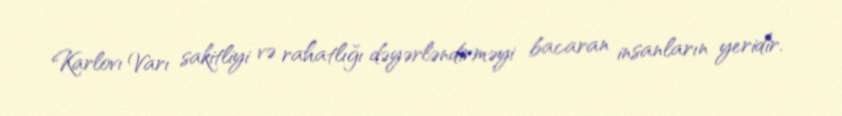
Karlovı Varı sakitliyi və rahatlığı dəyərləndirməyi bacaran insanların yeridir.